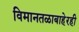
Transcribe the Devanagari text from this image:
विमानतळाबाहेरही